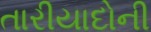
તારીયાદોની